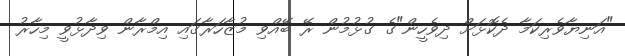
"އަނިޔާވެރިކަމާ ދެކޮޅަށް ދިވެހީން"ގެ ގުޅުމުން ރޭ ބޭއްވި މުޒާހަރާގައި އިމްރާން ވިދާޅުވީ މިހާރު